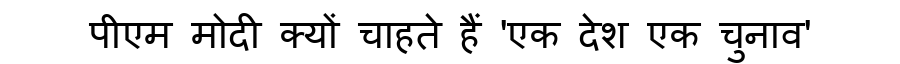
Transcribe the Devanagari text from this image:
पीएम मोदी क्यों चाहते हैं 'एक देश एक चुनाव'